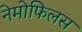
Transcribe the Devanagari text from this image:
नेमोफिलस